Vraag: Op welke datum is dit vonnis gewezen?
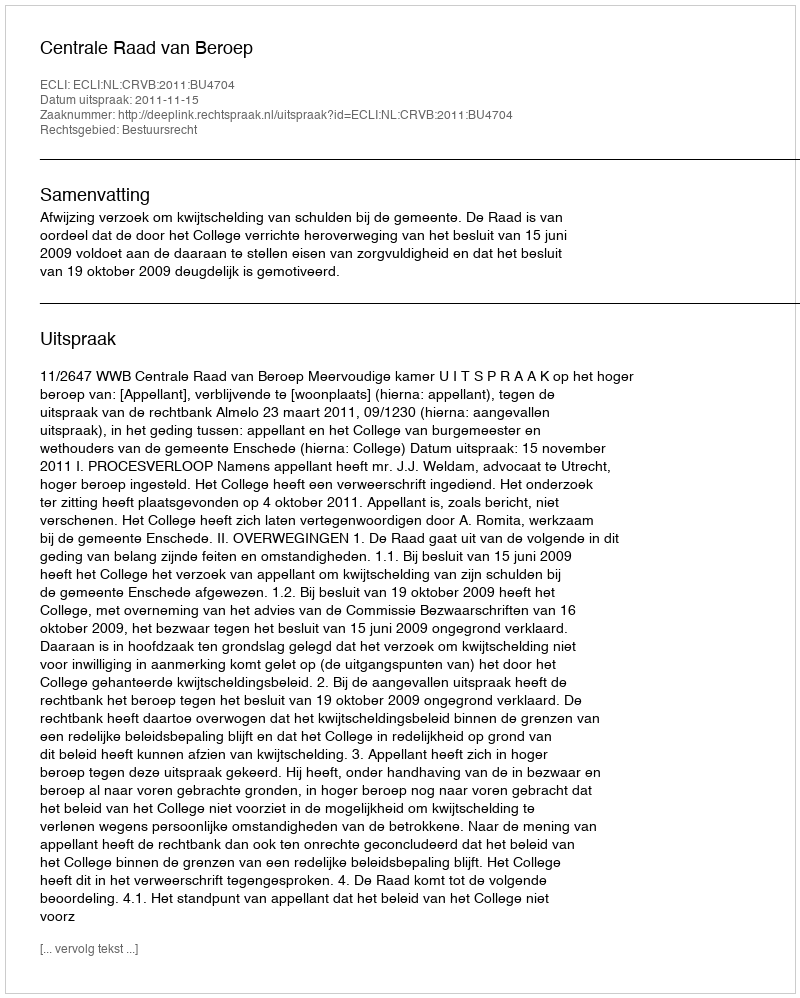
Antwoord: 2011-11-15